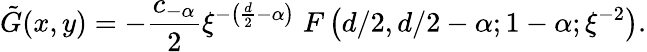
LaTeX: \tilde{G}(x,y)=-\frac{c_{-\alpha}}2\xi^{-\left(\frac{d}2-\alpha\right)}\; F\left(d/2,d/2-\alpha;1-\alpha;\xi^{-2}\right).